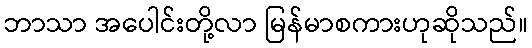
ဘာသာ အပေါင်းတို့လာ မြန်မာစကားဟုဆိုသည်။